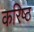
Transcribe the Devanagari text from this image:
करिष्ठ